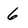
Character: 6